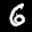
Label: 6